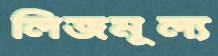
লিজমূল্য